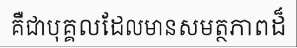
គឺជាបុគ្គលដែលមានសមត្ថភាពដ៏